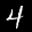
Label: 4